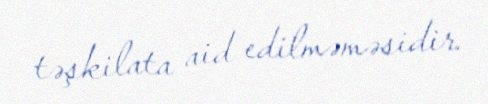
təşkilata aid edilməməsidir.